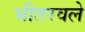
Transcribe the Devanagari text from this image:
भीतरवले